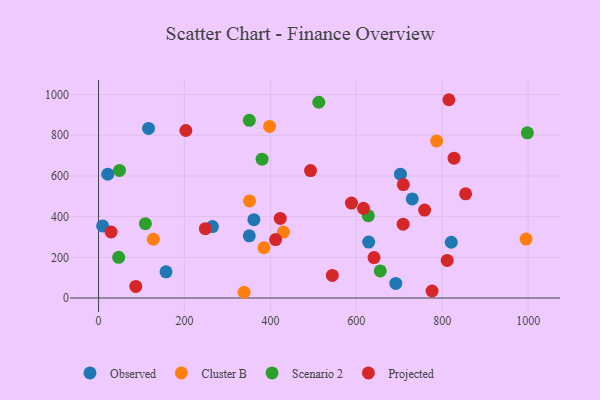
{"axis": {"x": "Engine Size", "y": "Sales"}, "legend": ["Cluster B", "Observed", "Projected", "Scenario 2"], "data": [{"x": "21.5", "y": 608.5, "type": "Observed"}, {"x": "691.9", "y": 71.7, "type": "Observed"}, {"x": "702.7", "y": 608.6, "type": "Observed"}, {"x": "730.3", "y": 487.1, "type": "Observed"}, {"x": "628.8", "y": 275.1, "type": "Observed"}, {"x": "9.5", "y": 354.3, "type": "Observed"}, {"x": "361.6", "y": 385.2, "type": "Observed"}, {"x": "157.1", "y": 128.5, "type": "Observed"}, {"x": "821.0", "y": 274.2, "type": "Observed"}, {"x": "350.9", "y": 305.6, "type": "Observed"}, {"x": "265.1", "y": 351.4, "type": "Observed"}, {"x": "116.4", "y": 833.6, "type": "Observed"}, {"x": "351.4", "y": 477.2, "type": "Cluster B"}, {"x": "430.5", "y": 323.9, "type": "Cluster B"}, {"x": "385.1", "y": 247.0, "type": "Cluster B"}, {"x": "398.2", "y": 843.3, "type": "Cluster B"}, {"x": "127.6", "y": 288.9, "type": "Cluster B"}, {"x": "338.8", "y": 28.2, "type": "Cluster B"}, {"x": "786.9", "y": 772.4, "type": "Cluster B"}, {"x": "995.1", "y": 289.7, "type": "Cluster B"}, {"x": "512.7", "y": 962.3, "type": "Scenario 2"}, {"x": "46.8", "y": 199.9, "type": "Scenario 2"}, {"x": "627.9", "y": 404.5, "type": "Scenario 2"}, {"x": "109.0", "y": 365.4, "type": "Scenario 2"}, {"x": "351.0", "y": 873.2, "type": "Scenario 2"}, {"x": "998.2", "y": 812.0, "type": "Scenario 2"}, {"x": "655.8", "y": 133.1, "type": "Scenario 2"}, {"x": "380.7", "y": 682.7, "type": "Scenario 2"}, {"x": "48.8", "y": 627.1, "type": "Scenario 2"}, {"x": "203.2", "y": 823.5, "type": "Projected"}, {"x": "641.2", "y": 198.7, "type": "Projected"}, {"x": "493.4", "y": 626.3, "type": "Projected"}, {"x": "854.4", "y": 512.1, "type": "Projected"}, {"x": "759.0", "y": 432.5, "type": "Projected"}, {"x": "811.6", "y": 184.6, "type": "Projected"}, {"x": "423.0", "y": 391.3, "type": "Projected"}, {"x": "709.4", "y": 557.4, "type": "Projected"}, {"x": "412.1", "y": 287.4, "type": "Projected"}, {"x": "29.2", "y": 324.4, "type": "Projected"}, {"x": "86.7", "y": 56.9, "type": "Projected"}, {"x": "776.3", "y": 34.4, "type": "Projected"}, {"x": "709.0", "y": 362.8, "type": "Projected"}, {"x": "616.8", "y": 440.9, "type": "Projected"}, {"x": "827.5", "y": 687.6, "type": "Projected"}, {"x": "248.6", "y": 340.7, "type": "Projected"}, {"x": "544.2", "y": 111.0, "type": "Projected"}, {"x": "588.7", "y": 466.5, "type": "Projected"}, {"x": "815.6", "y": 974.7, "type": "Projected"}]}